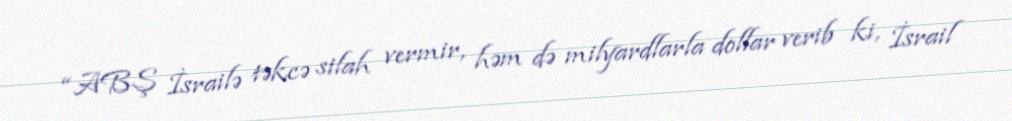
“ABŞ İsrailə təkcə silah vermir, həm də milyardlarla dollar verib ki, İsrail